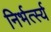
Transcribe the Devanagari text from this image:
निर्भर्त्स्य